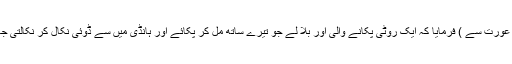
اس کے بعد (میری عورت سے ) فرمایا کہ ایک روٹی پکانے والی اور بلا لے جو تیرے ساتھ مل کر پکائے اور ہانڈی میں سے ڈوئی نکال کر نکالتی جا، اس کو اتارنا مت۔